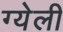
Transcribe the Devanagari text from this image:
ग्येली